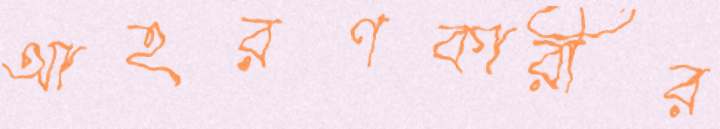
আহরণকারীর